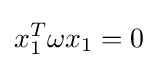
x_{1}^{T}\omega x_{1}=0